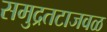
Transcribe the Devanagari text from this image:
समुद्रतटाजवळ